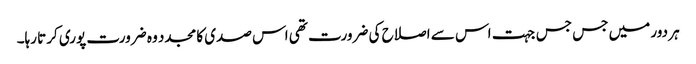
ہر دور میں جس جس جہت اس سے اصلاح کی ضرورت تھی اس صدی کا مجدد وہ ضرورت پوری کرتا رہا۔